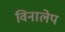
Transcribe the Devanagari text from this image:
विनालेप